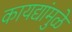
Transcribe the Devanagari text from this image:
कायद्यांमुळे